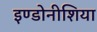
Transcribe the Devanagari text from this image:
इण्डोनीशिया